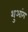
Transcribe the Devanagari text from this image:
शुआंग